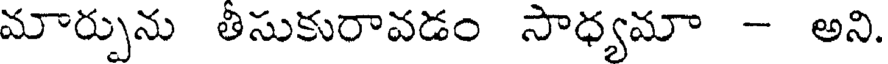
మార్పును తీసుకురావడం సాధ్యమా - అని.